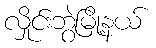
လှိုင်းဘွဲမြို့နယ်